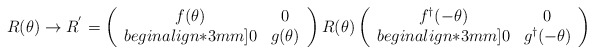
\begin{align*}R(\theta) \rightarrow R^{'} = \left (\begin{array}{cc}f(\theta) & 0 \\begin{align*}3mm]0 & g(\theta)\end{array}\right ) R(\theta) \left (\begin{array}{cc}f^\dagger (-\theta) & 0 \\begin{align*}3mm]0 & g^\dagger (-\theta)\end{array}\right )\end{align*}